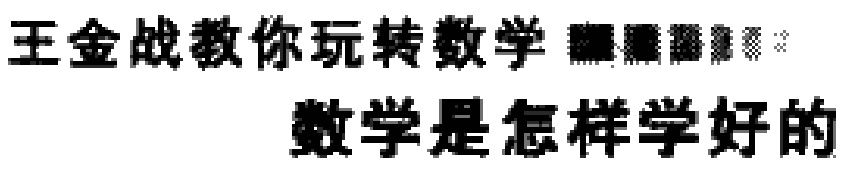
王金战教你玩转数学 数学是怎样学好的